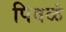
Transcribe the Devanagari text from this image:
पिवळं